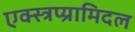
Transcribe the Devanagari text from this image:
एक्स्त्रप्य्रामिदल